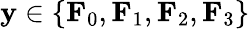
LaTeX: \mathbf{y}\in\{ \mathbf{F}_{0},\mathbf{F}_{1},\mathbf{F}_{2},\mathbf{F}_{3}\}